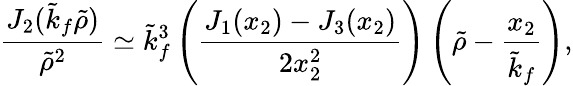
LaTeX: \frac{J_{2}(\tilde{k}_{f}\tilde{\rho})}{\tilde{\rho}^{2}}\simeq\tilde{k}_{f}^{3}\left(\frac{J_{1}(x_{2})-J_{3}(x_{2})}{2x_{2}^{2}}\right)\left(\tilde{\rho}-\frac{x_{2}}{\tilde{k}_{f}}\right),